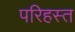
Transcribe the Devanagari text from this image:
परिहस्त